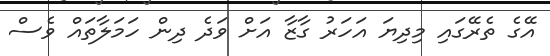
އޭގެ ތެރޭގައި މިދިޔަ އަހަރު ގާޒާ އަށް ވަދެ ދިން ހަމަލާތައް ވެސް